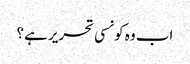
اب وہ کونسی تحریر ہے؟